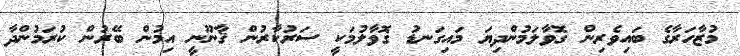
މުޒާހަރާގެ ބައިވެރިން ގޮވާލަމުންދިޔަ މައިގަނޑު ގޮވާލުމަކީ ސަރުކާރުން ޤާނޫނީ އިމުން ބޭރުން ކުރަމުންދާ